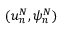
( u _ { n } ^ { N } , \psi _ { n } ^ { N } )